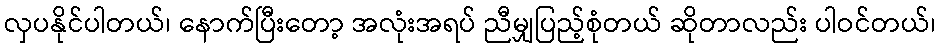
လှပနိုင်ပါတယ်၊ နောက်ပြီးတော့ အလုံးအရပ် ညီမျှပြည့်စုံတယ် ဆိုတာလည်း ပါဝင်တယ်၊